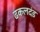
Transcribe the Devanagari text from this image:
ढकलदंड